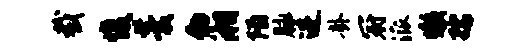
截愎羹物湘陌脉进卦冠派懒孺